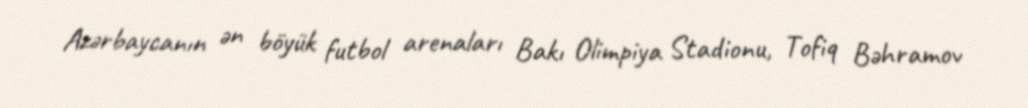
Azərbaycanın ən böyük futbol arenaları Bakı Olimpiya Stadionu, Tofiq Bəhramov